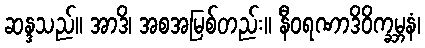
ဆန္ဒသည်။ အာဒိ၊ အစအမြစ်တည်း။ နီဝရဏာဒိဝိက္ခမ္ဘနံ၊